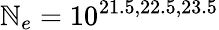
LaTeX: \mathbb{N}_{e}=10^{21.5,22.5,23.5}